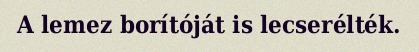
A lemez borítóját is lecserélték.